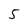
Character: 5